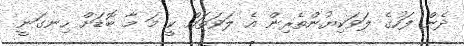
ދެން ފަހުގެ ލަވަކިޔުންތެރިން އެ ލަވަތައް ކީ މަ މާ ބޮޑަށް ހިނގަނީ